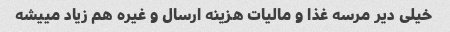
خیلی دیر مرسه غذا و مالیات هزینه ارسال و غیره هم زیاد مییشه